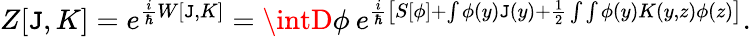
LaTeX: Z[\mathtt{J},K]=e^{\frac{{i}}{{\hbar}}W[\mathtt{J},K]}=\intD\phi\: e^{\frac{{i}}{{\hbar}}\left[S[\phi]+\int\phi(y)\mathtt{J}(y)+\frac{{1}}{{2}}\int\int\phi(y)K(y,z)\phi(z)\right]}.